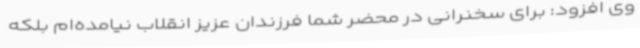
وی افزود: برای سخنرانی در محضر شما فرزندان عزیز انقلاب نیامده‌ام بلکه